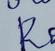
Signature authenticity: forged